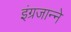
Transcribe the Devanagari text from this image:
इंग्रजान्ने